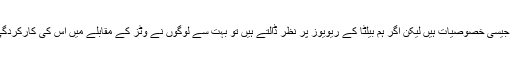
بیلٹا میں تقریباً سب وٹز جیسی خصوصیات ہیں لیکن اگر ہم بیلٹا کے ریویوز پر نظر ڈالتے ہیں تو بہت سے لوگوں نے وٹز کے مقابلے میں اس کی کارکردگی پر کافی تنقید کی ہے۔